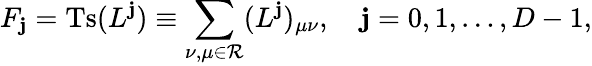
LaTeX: F_{\mathbf{j}}=\mathrm{{Ts}}(L^{\mathbf{j}})\equiv\sum_{\nu,\mu\in{\mathcal{R}}}(L^{\mathbf{j}})_{\mu\nu},\quad\mathbf{j}=0,1,\ldots,D-1,